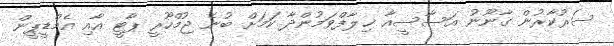
ސަރުކާރުން ގާނޫނު އަސާސީއާ ޚިލާފްވަމުންދާ ކަމަށް ބުނެ ޖުމްހޫރީ ޕާޓީ އާއި އެމްޑީޕީން